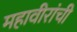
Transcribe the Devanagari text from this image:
महावीरांची